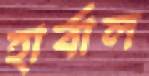
হার্বাল